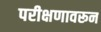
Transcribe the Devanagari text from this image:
परीक्षणावरून